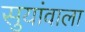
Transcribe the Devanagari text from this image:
सुयांवाला